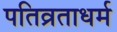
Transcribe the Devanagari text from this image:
पतिव्रताधर्म